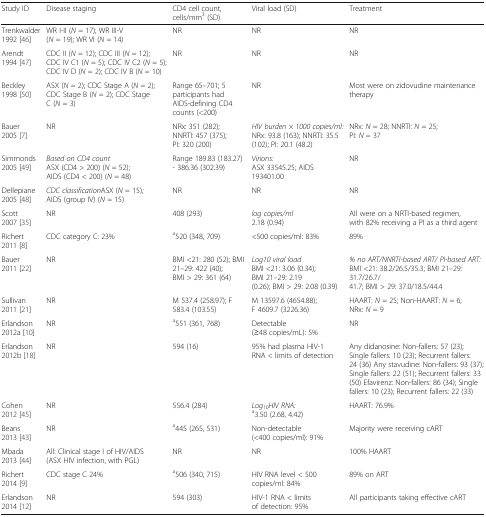
<table><thead><tr><td><b>Study ID</b></td><td><b>Disease staging</b></td><td><b>CD4 cell count, cells/mm<sup>3</sup> (SD)</b></td><td><b>Viral load (SD)</b></td><td><b>Treatment</b></td></tr></thead><tbody><tr><td>Trenkwalder 1992 [46]</td><td>WR I-II (<i>N</i> = 17); WR III-V (<i>N</i> = 19); WR VI (<i>N</i> = 14)</td><td>NR</td><td>NR</td><td>NR</td></tr><tr><td>Arendt 1994 [47]</td><td>CDC II (<i>N</i> = 12); CDC III (<i>N</i> = 12); CDC IV C1 (<i>N</i> = 5); CDC IV C2 (<i>N</i> = 5); CDC IV D (<i>N</i> = 2); CDC IV B (<i>N</i> = 10)</td><td>NR</td><td>NR</td><td>NR</td></tr><tr><td>Beckley 1998 [50]</td><td>ASX (<i>N</i> = 2); CDC Stage A (<i>N</i> = 2); CDC Stage B (<i>N</i> = 2); CDC Stage C (<i>N</i> = 3)</td><td>Range 65–701; 5 participants had AIDS-defining CD4 counts (&lt;200)</td><td>NR</td><td>Most were on zidovudine maintenance therapy</td></tr><tr><td>Bauer 2005 [7]</td><td>NR</td><td>NRx: 351 (282); NNRTI: 457 (375); PI: 320 (200)</td><td><i>HIV burden × 1000 copies/ml:</i> NRx: 93.8 (163); NNRTI: 35.5 (102); PI: 20.1 (48.2)</td><td>NRx: <i>N</i> = 28; NNRTI: <i>N</i> = 25; PI: <i>N</i> = 37</td></tr><tr><td>Simmonds 2005 [49]</td><td><i>Based on CD4 count</i>ASX (CD4 &gt; 200) (<i>N</i> = 52); AIDS (CD4 &lt; 200) (<i>N</i> = 48)</td><td>Range 189.83 (183.27) - 386.36 (302.39)</td><td><i>Virions:</i>ASX 33545.25; AIDS 193401.00</td><td>NR</td></tr><tr><td>Dellepiane 2005 [48]</td><td><i>CDC classification</i>ASX (<i>N</i> = 15)<i>;</i> AIDS (group IV) (<i>N</i> = 15)</td><td>NR</td><td>NR</td><td>NR</td></tr><tr><td>Scott 2007 [35]</td><td>NR</td><td>408 (293)</td><td><i>log copies/ml</i>2.18 (0.94)</td><td>All were on a NRTI-based regimen, with 82% receiving a PI as a third agent</td></tr><tr><td>Richert 2011 [8]</td><td>CDC category C: 23%</td><td><sup>a</sup>520 (348, 709)</td><td>&lt;500 copies/ml: 83%</td><td>89%</td></tr><tr><td>Bauer 2011 [22]</td><td>NR</td><td>BMI &lt;21: 280 (52); BMI 21–29: 422 (40); BMI &gt; 29: 361 (64)</td><td><i>Log10 viral load</i>BMI &lt;21: 3.06 (0.34); BMI 21–29: 2.19 (0.26); BMI &gt; 29: 2.08 (0.39)</td><td><i>% no ART/NNRTI-based ART/ PI-based ART:</i> BMI &lt;21: 38.2/26.5/35.3; BMI 21–29: 31.7/26.7/41.7; BMI &gt; 29: 37.0/18.5/44.4</td></tr><tr><td>Sullivan 2011 [21]</td><td>NR</td><td>M 537.4 (258.97); F 583.4 (103.55)</td><td>M 13597.6 (4654.88); F 4609.7 (3226.36)</td><td>HAART: <i>N</i> = 25; Non-HAART: <i>N</i> = 6; NRx: <i>N</i> = 9</td></tr><tr><td>Erlandson 2012a [10]</td><td>NR</td><td><sup>a</sup>551 (361, 768)</td><td>Detectable (≥48 copies/mL): 5%</td><td>NR</td></tr><tr><td>Erlandson 2012b [18]</td><td>NR</td><td>594 (16)</td><td>95% had plasma HIV-1 RNA &lt; limits of detection</td><td>Any didanosine: Non-fallers: 57 (23); Single fallers: 10 (23); Recurrent fallers: 24 (36) Any stavudine: Non-fallers: 93 (37); Single fallers: 22 (51); Recurrent fallers: 33 (50) Efavirenz: Non-fallers: 86 (34); Single fallers: 10 (23); Recurrent fallers: 22 (33)</td></tr><tr><td>Cohen 2012 [45]</td><td>NR</td><td>556.4 (284)</td><td><i>Log</i><sub><i>10</i></sub><i>HIV RNA:</i><sup>a</sup>3.50 (2.68, 4.42)</td><td>HAART: 76.9%</td></tr><tr><td>Beans 2013 [43]</td><td>NR</td><td><sup>a</sup>445 (265, 531)</td><td>Non-detectable (&lt;400 copies/ml): 91%</td><td>Majority were receiving cART</td></tr><tr><td>Mbada 2013 [44]</td><td>All: Clinical stage I of HIV/AIDS (ASX HIV infection, with PGL)</td><td>NR</td><td>NR</td><td>100% HAART</td></tr><tr><td>Richert 2014 [9]</td><td>CDC stage C 24%</td><td><sup>a</sup>506 (340, 715)</td><td>HIV RNA level &lt; 500 copies/ml: 84%</td><td>89% on ART</td></tr><tr><td>Erlandson 2014 [12]</td><td>NR</td><td>594 (303)</td><td>HIV-1 RNA &lt; limits of detection: 95%</td><td>All participants taking effective cART</td></tr></tbody></table>